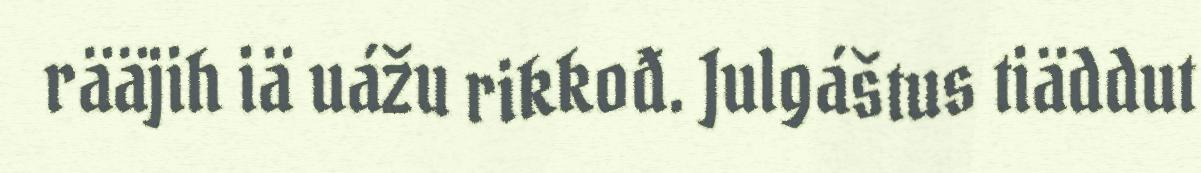
rääjih iä uážu rikkođ. Julgáštus tiäddut